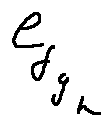
e _ { f _ { g _ { h } } }